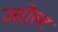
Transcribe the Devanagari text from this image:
ज्सोल्ट